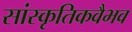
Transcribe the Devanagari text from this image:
सांस्कृतिकवैभव